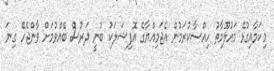
މިކަމާއިގުޅޭ މައުލޫމާތު ހިއްސާކުރަމުން އެޖަމިއްޔާގެ އޮފިޝަލަކު ބުނީ ދަރުސް ބޭއްވުމަށް ވާންޖެހޭ ގިނަ